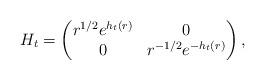
LaTeX: \begin{align*}H_t = \begin{pmatrix} r^{1/2} e^{h_t(r)} & 0 \\ 0 & r^{-1/2} e^{-h_t(r)} \end{pmatrix},\end{align*}